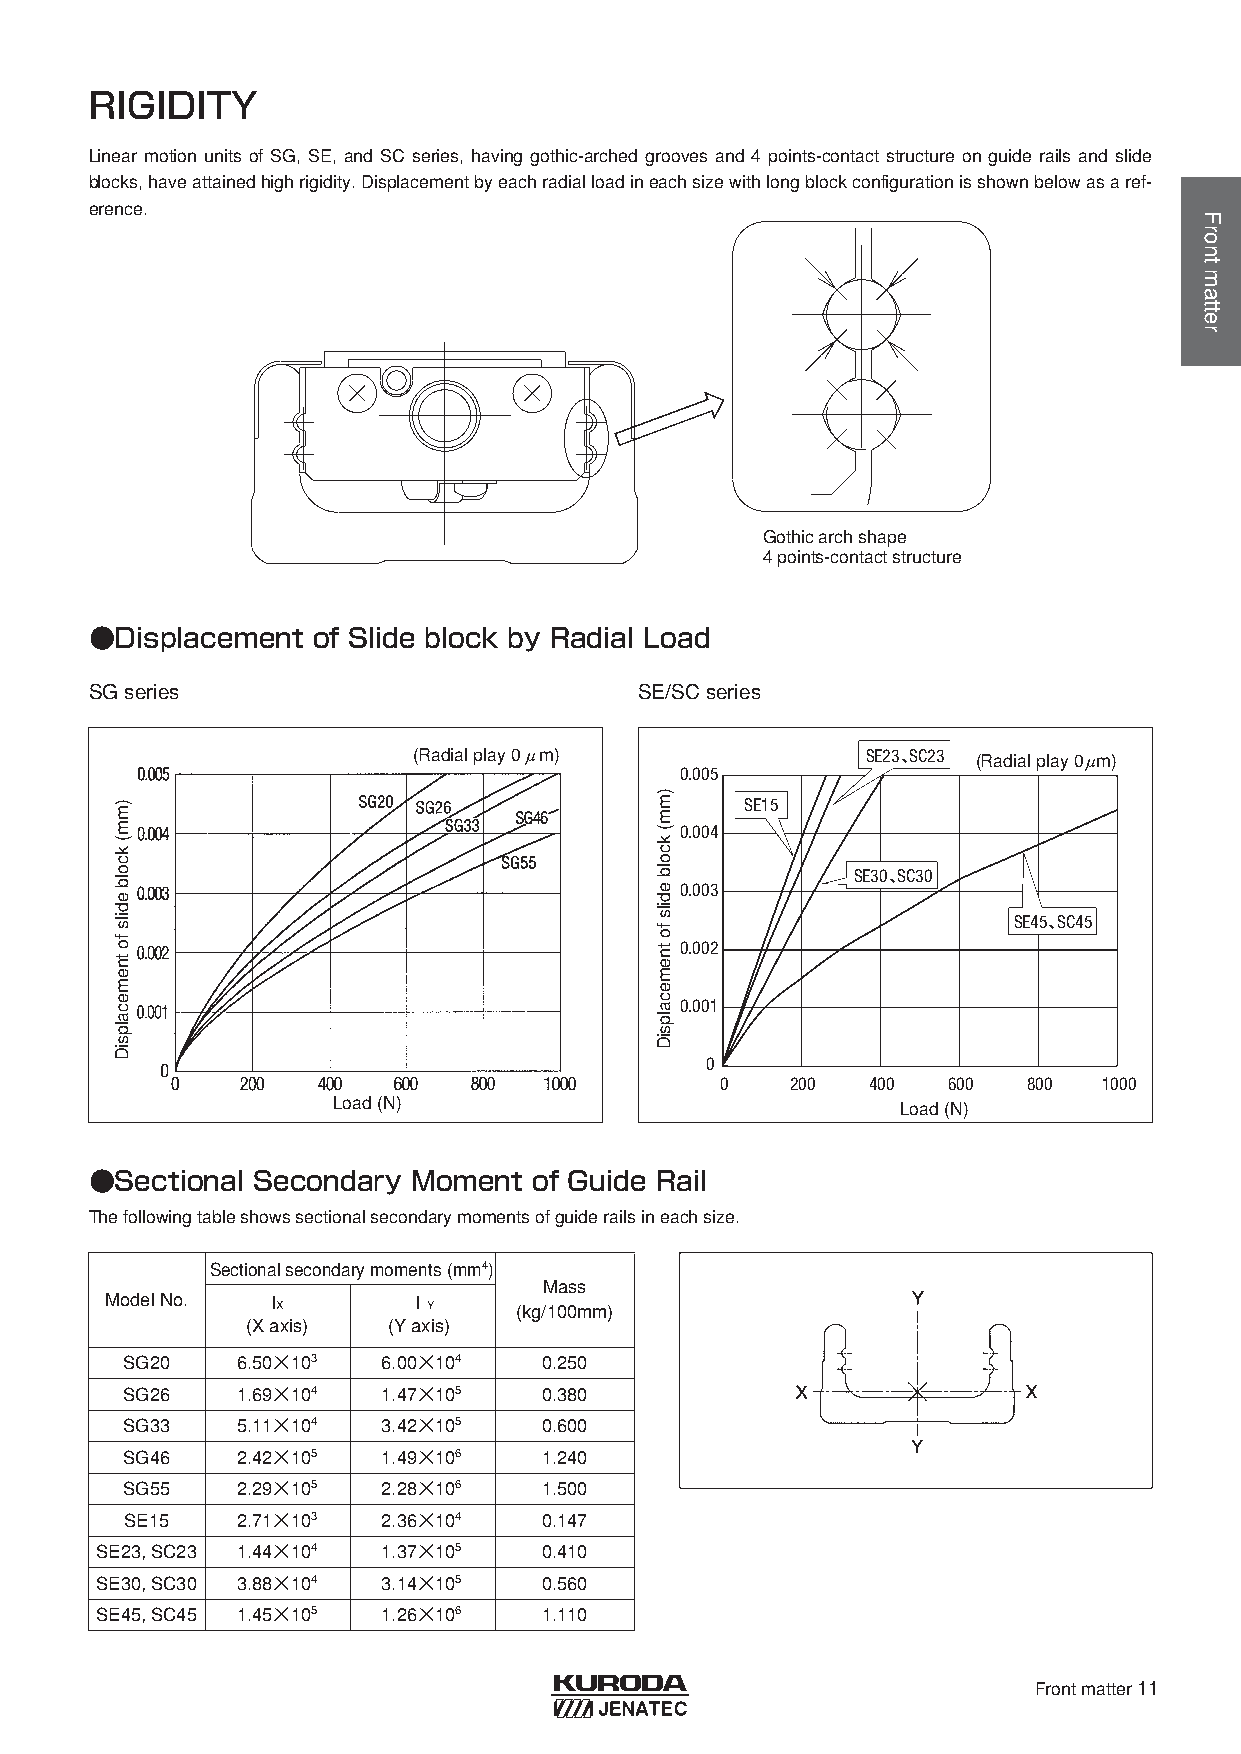
RIGIDITY
 Linear motion units of SG, SE, and SC series, having gothic-arched grooves and 4 points-contact structure on guide rails and slide
 blocks, haveattainedhighrigidity. Displacementbyeachradialloadineachsizewithlongblockconfigurationisshownbelowasaref-
 erence.
 Gothic arch shape
 4 points-contact structure
 ●Displacement  of Slide block by Radial Load
 SGseries                            SE/SCseries
 (Radial play 0μm)             SE23、SC23 (Radial play 0μm)
 0.005
 SE15
 0.004
 SE30、SC30
 0.003
 SE45、SC45
 0.002
 0.001
 0
 0   200   400  600  800  1000
 Load (N)                              Load (N)
 ●Sectional Secondary Moment  of Guide Rail
 Thefollowingtableshowssectionalsecondarymomentsofguiderailsineachsize.
 Sectional secondary moments (mm4)
 Mass
 Model No.  IX       ＩY
 (kg/100mm)
 (X axis)  (Y axis)
 SG20    6.50×103 6.00×104   0.250
 SG26    1.69×104 1.47×105   0.380
 SG33    5.11×104 3.42×105   0.600
 SG46    2.42×105 1.49×106   1.240
 SG55    2.29×105 2.28×106   1.500
 SE15    2.71×103 2.36×104   0.147
 SE23, SC23 1.44×104 1.37×105  0.410
 SE30, SC30 3.88×104 3.14×105  0.560
 SE45, SC45 1.45×105 1.26×106  1.110
 Frontmatter11
 )mm(
 kcolb
 edils
 fo
 tnemecalpsiD
 )mm(
 kcolb
 edils
 fo
 tnemecalpsiD
 Frontmatter